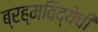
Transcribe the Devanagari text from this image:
ब्रह्मविद्येची